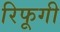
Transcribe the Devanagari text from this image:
रिफूगी